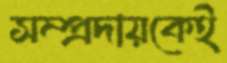
সম্প্রদায়কেই